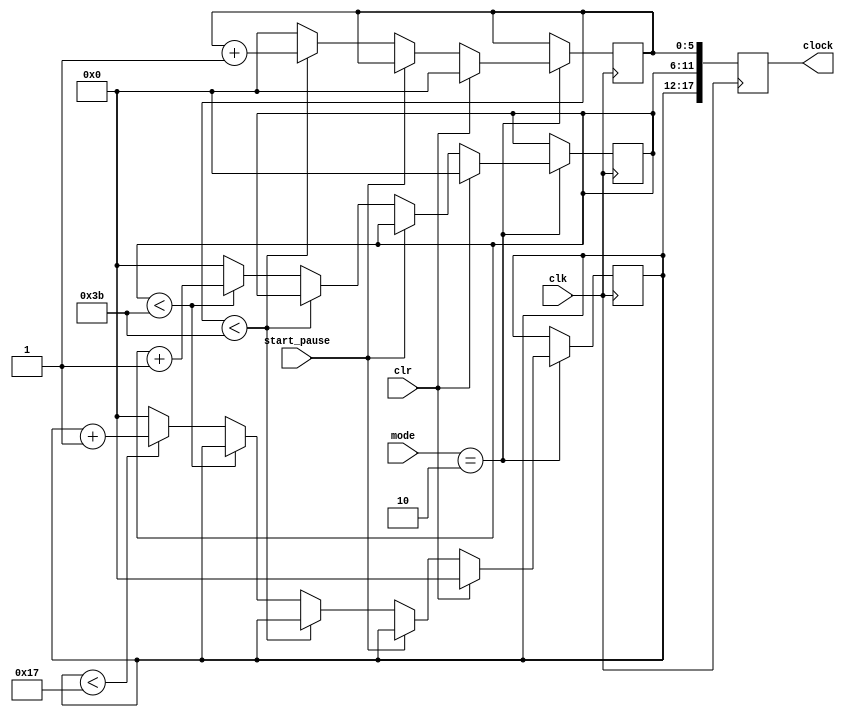
module stopwatch(
	input [1:0]mode,//when 10,set to stop watch mode 
	input clk,
	input start_pause,// 0->start,1->pause
	input clr,//1->clear to zero, while keep counting
	output reg[17:0]clock
);
//inner signal
reg [5:0]min;
reg [5:0]sec;
reg [5:0]msec;

//init
initial
begin
clock = 0; //min/sec/msec
min = 0;
sec = 0;
msec = 0;
end

//always module
always @ (posedge clk)
begin
	if(mode == 2'b10)
		if(clr == 1)
		begin
			min <= 0;
			sec <= 0;
			msec <= 0;//
		end
		else if(start_pause == 0)
		begin//
			if(msec < 59)
				msec <= msec + 1;
			else begin
				msec <= 0;
				if(sec < 59)
					sec <= sec + 1;
				else begin
					sec <= 0;
					if(min < 23)
						min <= min + 1;
					else min <= 0;
				end
			end
		end
		else if(start_pause == 1)
		begin
			min <= min;
			sec <= sec;
			msec <= msec;//
		end
	else begin
		min <= min;
		sec <= sec;
		msec <= msec;//
	end
	//
	clock <= {min,sec,msec};
end

endmodule